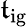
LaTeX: \mathfrak{t}_{\mathrm{{ig}}}